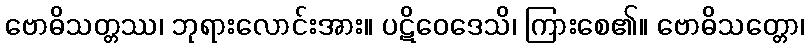
ဗောဓိသတ္တဿ၊ ဘုရားလောင်းအား။ ပဋိဝေဒေသိ၊ ကြားစေ၏။ ဗောဓိသတ္တော၊